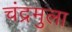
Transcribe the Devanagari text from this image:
चंद्रमुला